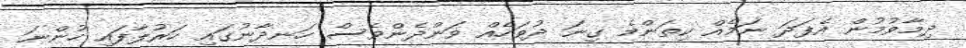
ދިމާވުމުން އެފަދަ ނަމެއް ކިތަންމެ ގިނަ ދުވަހެއް ވަންދެންވެސް ހަނދާނުގައި ހަރުލާފައި ހުންނަ